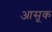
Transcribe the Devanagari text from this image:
आसूक